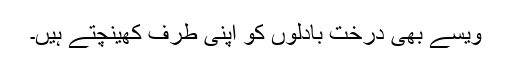
ویسے بھی درخت بادلوں کو اپنی طرف کھینچتے ہیں۔